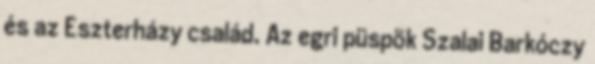
és az Eszterházy család. Az egri püspök Szalai Barkóczy